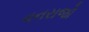
વનરાજો